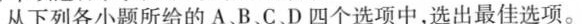
从下列各小题所给的 A、B、C、D 四个选项中,选出最佳选项.